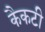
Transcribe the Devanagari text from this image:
कैकटी